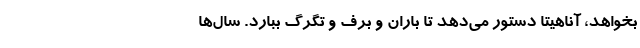
بخواهد،‌ آناهیتا دستور می‌دهد تا باران و برف و تگرگ ببارد. سال‌ها